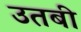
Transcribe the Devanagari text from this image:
उतबी